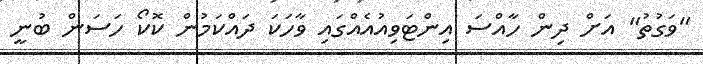
"ވަގުތު" އަށް ދިން ހާއްސަ އިންޓަވިއުއެއްގައި ވާހަކަ ދައްކަމުން ކޮކޯ ހަސަން ބުނީ